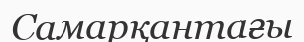
Самарқантағы